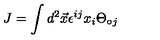
J = \int d ^ { 2 } \vec { x } \epsilon ^ { i j } x _ { i } \Theta _ { \circ j }